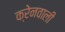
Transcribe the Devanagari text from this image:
क्रेनवाली